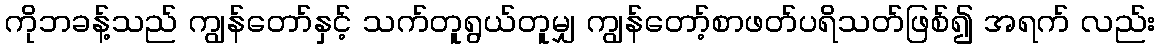
ကိုဘခန့်သည် ကျွန်တော်နှင့် သက်တူရွယ်တူမျှ ကျွန်တော့်စာဖတ်ပရိသတ်ဖြစ်၍ အရက် လည်း